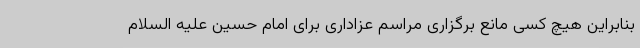
بنابراین هیچ کسی مانع برگزاری مراسم عزاداری برای امام حسین علیه السلام